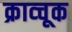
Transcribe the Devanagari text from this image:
क्राव्चूक